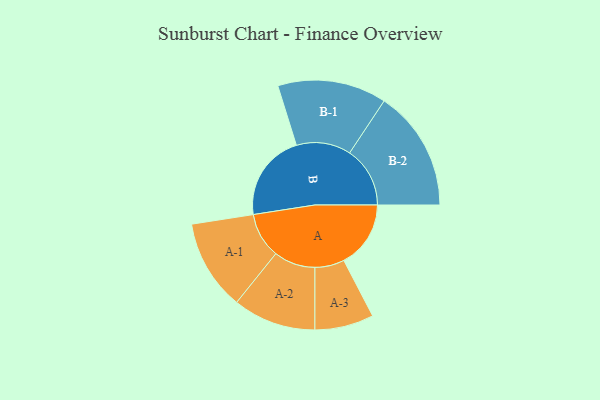
{"axis": {"x": "Segment", "y": "Value"}, "legend": ["", "A", "B"], "data": [{"x": "A", "y": 329, "type": ""}, {"x": "B", "y": 429, "type": ""}, {"x": "A-1", "y": 223, "type": "A"}, {"x": "A-2", "y": 204, "type": "A"}, {"x": "A-3", "y": 145, "type": "A"}, {"x": "B-1", "y": 268, "type": "B"}, {"x": "B-2", "y": 297, "type": "B"}]}